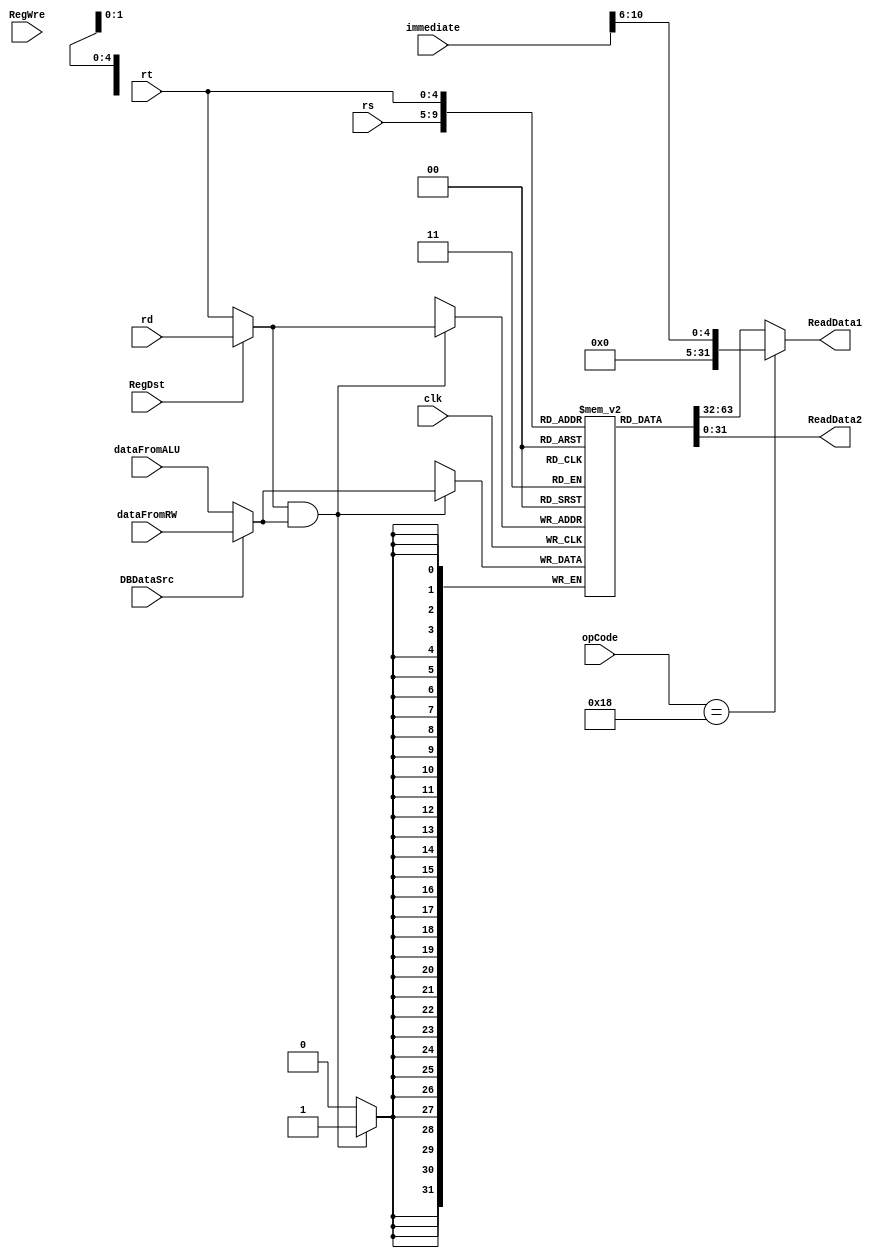
`timescale 1ns / 1ps
//////////////////////////////////////////////////////////////////////////////////
// Company: 
// Engineer: 
// 
// Design Name: 
// Module Name: RegFile
// Project Name: 
// Target Devices: 
// Tool Versions: 
// Description: 
// 
// Dependencies: 
// 
// Revision:
// Revision 0.01 - File Created
// Additional Comments:
// 
//////////////////////////////////////////////////////////////////////////////////


module RegFile(
    input clk,
    input RegWre,
    input RegDst,
    input [5:0] opCode,
    input [4:0] rs,
    input [4:0] rt,
    input [4:0] rd,
    input [15:0] immediate,
    input DBDataSrc,
    input [31:0] dataFromALU,
    input [31:0] dataFromRW,
    output [31:0] ReadData1,
    output [31:0] ReadData2
    );
    
    wire [4:0] WriteReg;
    wire [31:0] WriteData;
    
    assign WriteReg = RegDst ? rd : rt;
    assign WriteData = DBDataSrc ? dataFromRW : dataFromALU;
    
    reg [31:0] register[0:31];
    integer i;
    initial begin
        for (i = 0; i < 32; i = i+1) register[i] <= 0; 
    end
    
    assign ReadData1 = (opCode == 6'b011000) ? immediate[10:6] : register[rs];
    assign ReadData2 = register[rt];
    
    //always @(RegWre or RegDst or DBDataSrc or WriteReg or WriteData) begin
    always @(negedge clk) begin
        if (WriteReg && WriteData) register[WriteReg] = WriteData;
    end
    
endmodule